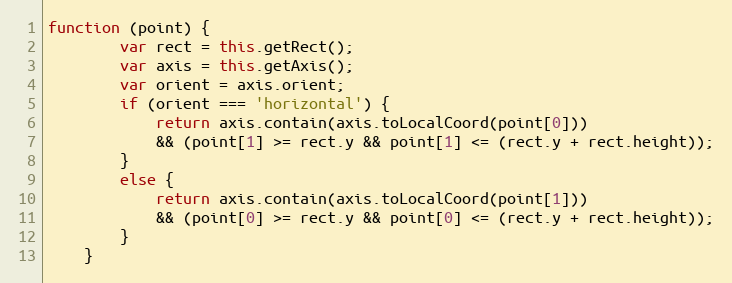
Language: JavaScript
function (point) {
        var rect = this.getRect();
        var axis = this.getAxis();
        var orient = axis.orient;
        if (orient === 'horizontal') {
            return axis.contain(axis.toLocalCoord(point[0]))
            && (point[1] >= rect.y && point[1] <= (rect.y + rect.height));
        }
        else {
            return axis.contain(axis.toLocalCoord(point[1]))
            && (point[0] >= rect.y && point[0] <= (rect.y + rect.height));
        }
    }